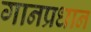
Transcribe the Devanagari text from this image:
गानप्रधान